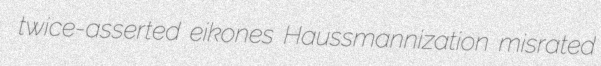
twice-asserted eikones Haussmannization misrated